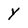
Character: Y